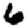
Digit: 6